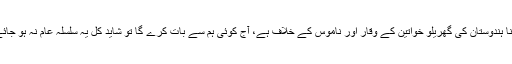
" اس کا جواب بیگم صاحب نے کچھ ایسے دیا "ہمارے خیال میں ایسا کرنا ہندوستان کی گھریلو خواتین کے وقار اور ناموس کے خلاف ہے، آج کوئی ہم سے بات کرے گا تو شاید کل یہ سلسلہ عام نہ ہو جائے، ہم طوائف ضرور ہیں لیکن ہندوستان کی تہذیب ہمیں زیادہ عزیز ہے"۔